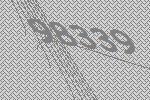
98339